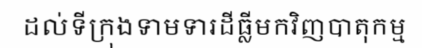
ដល់ទីក្រុងទាមទារដីធ្លីមកវិញបាតុកម្ម